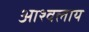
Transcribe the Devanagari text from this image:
आश्वलाय